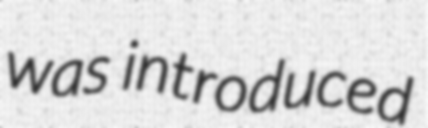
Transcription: was introduced